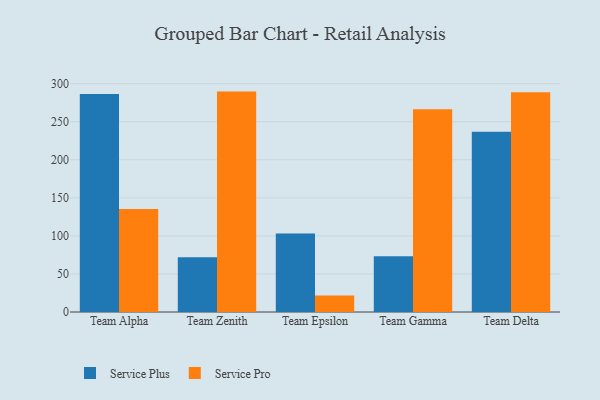
{"axis": {"x": "Team", "y": "Inventory Turnover"}, "legend": ["Service Plus", "Service Pro"], "data": [{"x": "Team Alpha", "y": 286.3, "type": "Service Plus"}, {"x": "Team Alpha", "y": 135.5, "type": "Service Pro"}, {"x": "Team Zenith", "y": 72.1, "type": "Service Plus"}, {"x": "Team Zenith", "y": 289.6, "type": "Service Pro"}, {"x": "Team Epsilon", "y": 103.1, "type": "Service Plus"}, {"x": "Team Epsilon", "y": 21.7, "type": "Service Pro"}, {"x": "Team Gamma", "y": 73.3, "type": "Service Plus"}, {"x": "Team Gamma", "y": 266.5, "type": "Service Pro"}, {"x": "Team Delta", "y": 237.0, "type": "Service Plus"}, {"x": "Team Delta", "y": 288.7, "type": "Service Pro"}]}